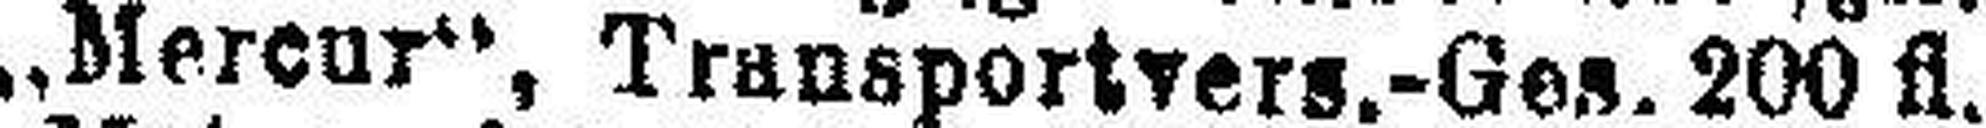
„Mereur“, Transportvers.-Ges. 200 fl.